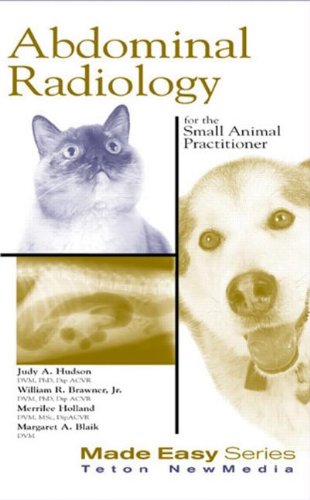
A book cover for Abdominal Radiology for the Small Animal Practitioner (Made Easy Series); Judith Hudson; Medical Books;